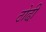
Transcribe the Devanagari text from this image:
ठोढी़